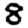
Digit: 8